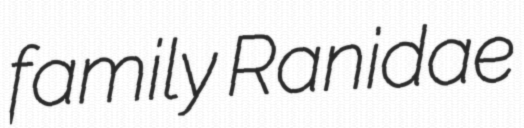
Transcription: family Ranidae